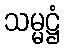
သမ္မဋ္ဌံ